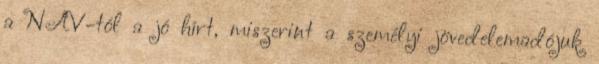
a NAV-tól a jó hírt, miszerint a személyi jövedelemadójuk